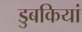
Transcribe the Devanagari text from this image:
डुबकियां